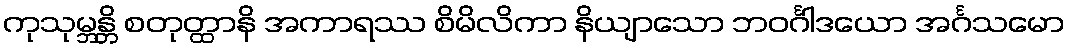
ကုသုမ္ဘန္တိ စတုတ္ထာနိ အကာရဿ စိမိလိကာ နိယျာသော ဘဝင်္ဂါဒယော အင်္ဂသမော